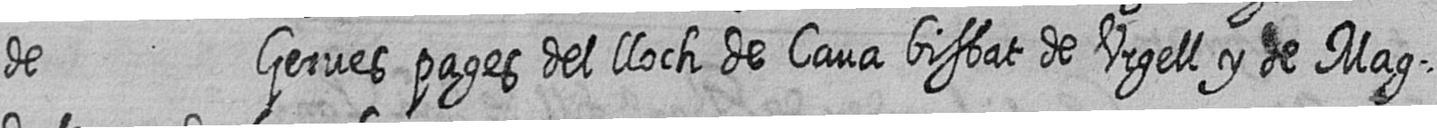
de Gerves pages del lloch de Cava bisbat de Urgell y de Mag=